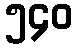
၅၄၀